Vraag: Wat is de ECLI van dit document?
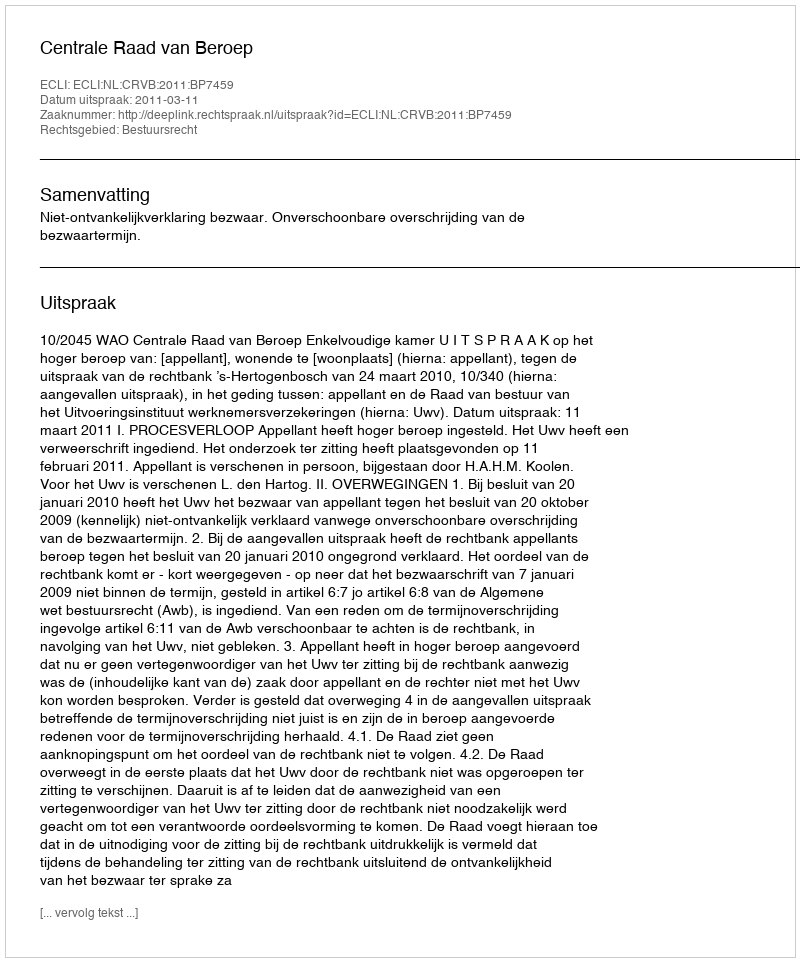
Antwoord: ECLI:NL:CRVB:2011:BP7459